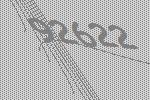
92622